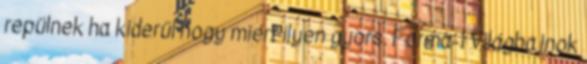
repülnek ha kiderül hogy miért ilyen gyors. Forma-1 Világbajnok